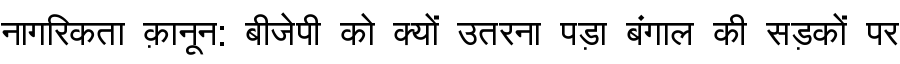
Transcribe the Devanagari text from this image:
नागरिकता क़ानून: बीजेपी को क्यों उतरना पड़ा बंगाल की सड़कों पर